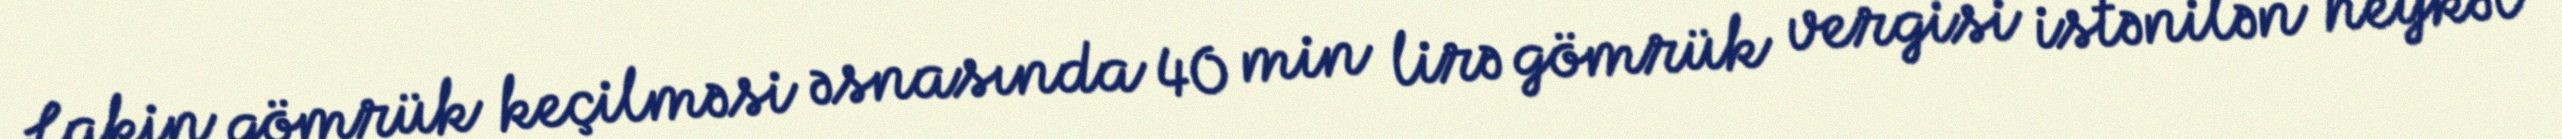
Lakin gömrük keçilməsi əsnasında 40 min lirə gömrük vergisi istənilən heykəl